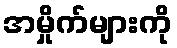
အမှိုက်များကို